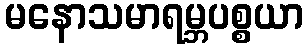
မနောသမာရမ္ဘပစ္စယာ